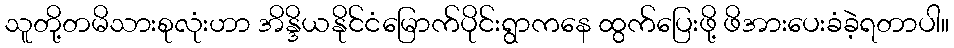
သူတို့တမိသားစုလုံးဟာ အိန္ဒိယနိုင်ငံမြောက်ပိုင်းရွာကနေ ထွက်ပြေးဖို့ ဖိအားပေးခံခဲ့ရတာပါ။